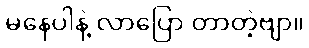
မနေပါနဲ့ လာပြော တာတဲ့ဗျာ။